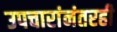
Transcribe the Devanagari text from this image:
उपचारांनंतरही